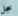
خجل